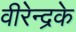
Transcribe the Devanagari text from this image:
वीरेन्द्रके